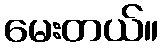
မေးတယ်။